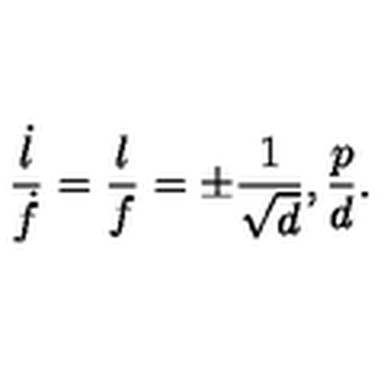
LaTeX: { \frac { \dot { l } } { \dot { f } } } = { \frac { l } { f } } = \pm { \frac { 1 } { \sqrt { d } } } , { \frac { p } { d } } .